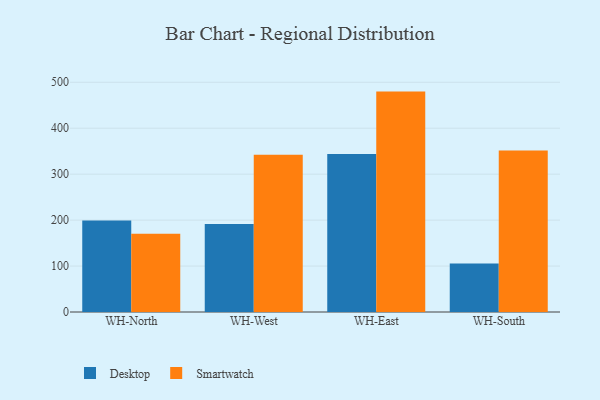
{"axis": {"x": "Warehouse", "y": "Humidity (%)"}, "legend": ["Desktop", "Smartwatch"], "data": [{"x": "WH-North", "y": 199.3, "type": "Desktop"}, {"x": "WH-North", "y": 170.1, "type": "Smartwatch"}, {"x": "WH-West", "y": 191.3, "type": "Desktop"}, {"x": "WH-West", "y": 342.5, "type": "Smartwatch"}, {"x": "WH-East", "y": 343.8, "type": "Desktop"}, {"x": "WH-East", "y": 479.7, "type": "Smartwatch"}, {"x": "WH-South", "y": 105.6, "type": "Desktop"}, {"x": "WH-South", "y": 351.4, "type": "Smartwatch"}]}